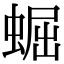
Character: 𧌑